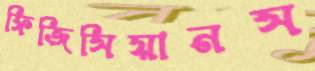
ফিজিসিয়ানস